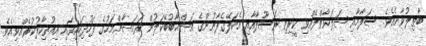
ބާޠިލުވާނެއެވެ. ސަލާމާއި ޞަލަވާތްލެއްވި ކީރިތި ރަސޫލާއާއި އެކަލޭގެފާނުންގެ އަޞްޙާބުބޭކަލުން ރަމަޟާންމަހުގެ ފަހުދިހައިގައި އިޢުތިކާފުކުރެއްވިއެވެ.